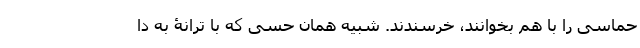
حماسی را با هم بخوانند، خُرسندند. شبیه همان حسی که با ترانۀ به دا